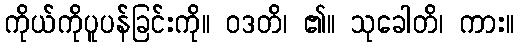
ကိုယ်ကိုပူပန်ခြင်းကို။ ဝဒတိ၊ ၏။ သုခေါတိ၊ ကား။